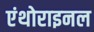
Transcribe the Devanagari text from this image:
एंथोराइनल